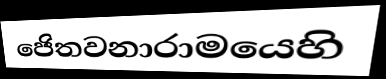
ජෙිතවනාරාමයෙහි